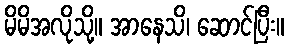
မိမိအလိုသို့။ အာနေသိ၊ ဆောင်ပြီး။